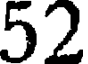
52